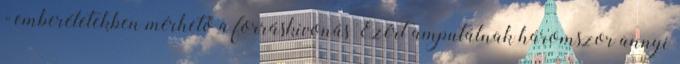
- emberéletekben mérhető a forráskivonás Ezért amputálnak háromszor annyi